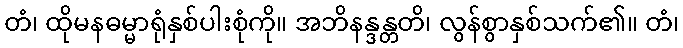
တံ၊ ထိုမနဓမ္မာရုံနှစ်ပါးစုံကို။ အဘိနန္ဒန္တတိ၊ လွန်စွာနှစ်သက်၏။ တံ၊